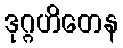
ဒုဂ္ဂဟိတေန